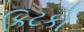
કિટકો